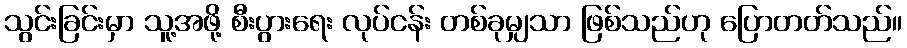
သွင်းခြင်းမှာ သူ့အဖို့ စီးပွားရေး လုပ်ငန်း တစ်ခုမျှသာ ဖြစ်သည်ဟု ပြောတတ်သည်။